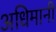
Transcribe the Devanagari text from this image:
अधिमानी